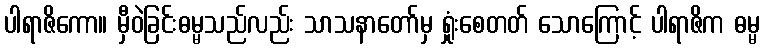
ပါရာဇိကော။ မှီဝဲခြင်းဓမ္မသည်လည်း သာသနာတော်မှ ရှုံးစေတတ် သောကြောင့် ပါရာဇိက ဓမ္မ